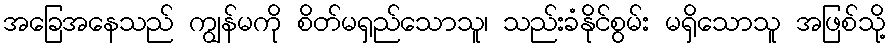
အခြေအနေသည် ကျွန်မကို စိတ်မရှည်သောသူ၊ သည်းခံနိုင်စွမ်း မရှိသောသူ အဖြစ်သို့